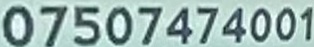
07507474001